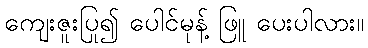
ကျေးဇူးပြု၍ ပေါင်မုန့် ဖြူ ပေးပါလား။